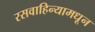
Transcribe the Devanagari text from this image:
रसवाहिन्यामधून